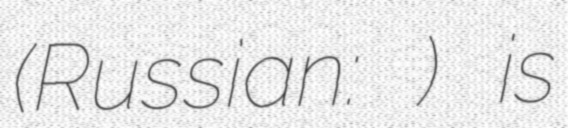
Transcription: (Russian: Бутырка) is